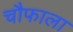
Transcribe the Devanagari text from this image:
चौफाला